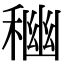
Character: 𥠃